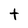
Character: t